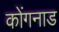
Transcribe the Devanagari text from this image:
कोंगनाड